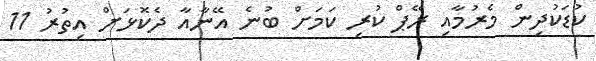
ކުޑަކުދިން މެރުމާއި ރޭޕް ކުރި ކަމަށް ބުނެ އޭނާއާ ދެކޮޅަށް އިތުރު 11